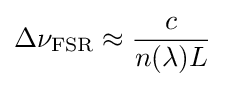
\Delta \nu _{\text{FSR}}\approx {\frac {c}{n(\lambda )L}}